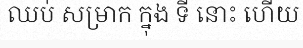
ឈប់ សម្រាក ក្នុង ទី នោះ ហើយ